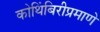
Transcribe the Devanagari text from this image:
कोथिंबिरीप्रमाणे